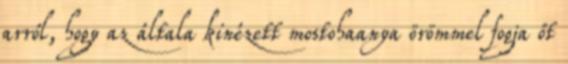
arról, hogy az általa kinézett mostohaanya örömmel fogja őt